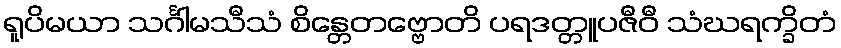
ရူပိမယာ သင်္ဂါမသီသံ စိန္တေတဗ္ဗောတိ ပရဒတ္တူပဇီဝီ သံဃရက္ခိတံ